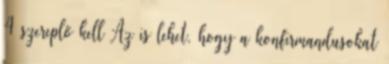
4 szereplő kell Az is lehet, hogy a konfirmandusokat